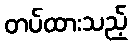
တပ်ထားသည့်